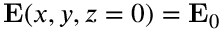
\mathbf { E } ( x , y , z = 0 ) = \mathbf { E } _ { 0 }